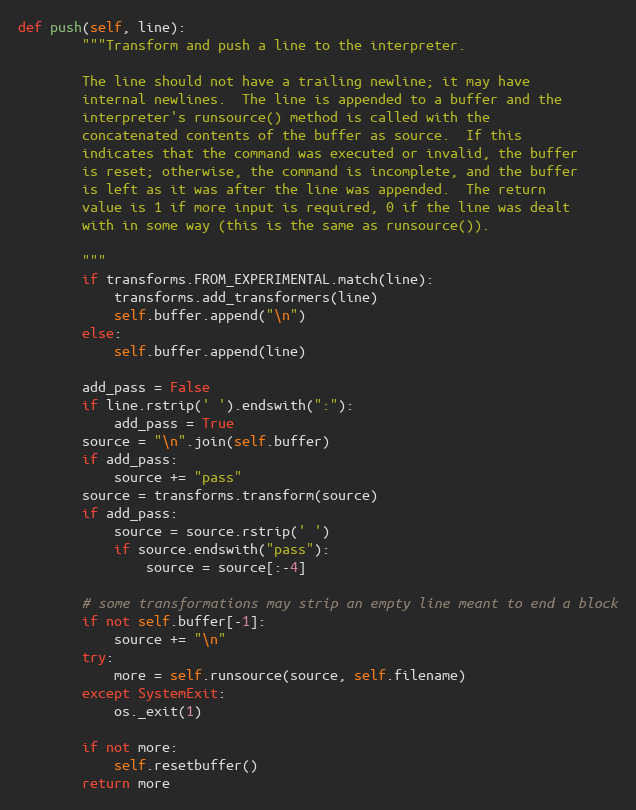
Language: Python
def push(self, line):
        """Transform and push a line to the interpreter.

        The line should not have a trailing newline; it may have
        internal newlines.  The line is appended to a buffer and the
        interpreter's runsource() method is called with the
        concatenated contents of the buffer as source.  If this
        indicates that the command was executed or invalid, the buffer
        is reset; otherwise, the command is incomplete, and the buffer
        is left as it was after the line was appended.  The return
        value is 1 if more input is required, 0 if the line was dealt
        with in some way (this is the same as runsource()).

        """
        if transforms.FROM_EXPERIMENTAL.match(line):
            transforms.add_transformers(line)
            self.buffer.append("\n")
        else:
            self.buffer.append(line)

        add_pass = False
        if line.rstrip(' ').endswith(":"):
            add_pass = True
        source = "\n".join(self.buffer)
        if add_pass:
            source += "pass"
        source = transforms.transform(source)
        if add_pass:
            source = source.rstrip(' ')
            if source.endswith("pass"):
                source = source[:-4]

        # some transformations may strip an empty line meant to end a block
        if not self.buffer[-1]:
            source += "\n"
        try:
            more = self.runsource(source, self.filename)
        except SystemExit:
            os._exit(1)

        if not more:
            self.resetbuffer()
        return more